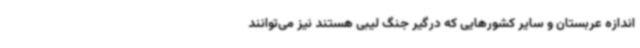
اندازه عربستان و سایر کشورهایی که درگیر جنگ لیبی هستند نیز می‌توانند